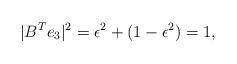
LaTeX: \begin{align*}| B^T e_3 |^2 = \epsilon^2 + (1 - \epsilon^2) = 1,\end{align*}